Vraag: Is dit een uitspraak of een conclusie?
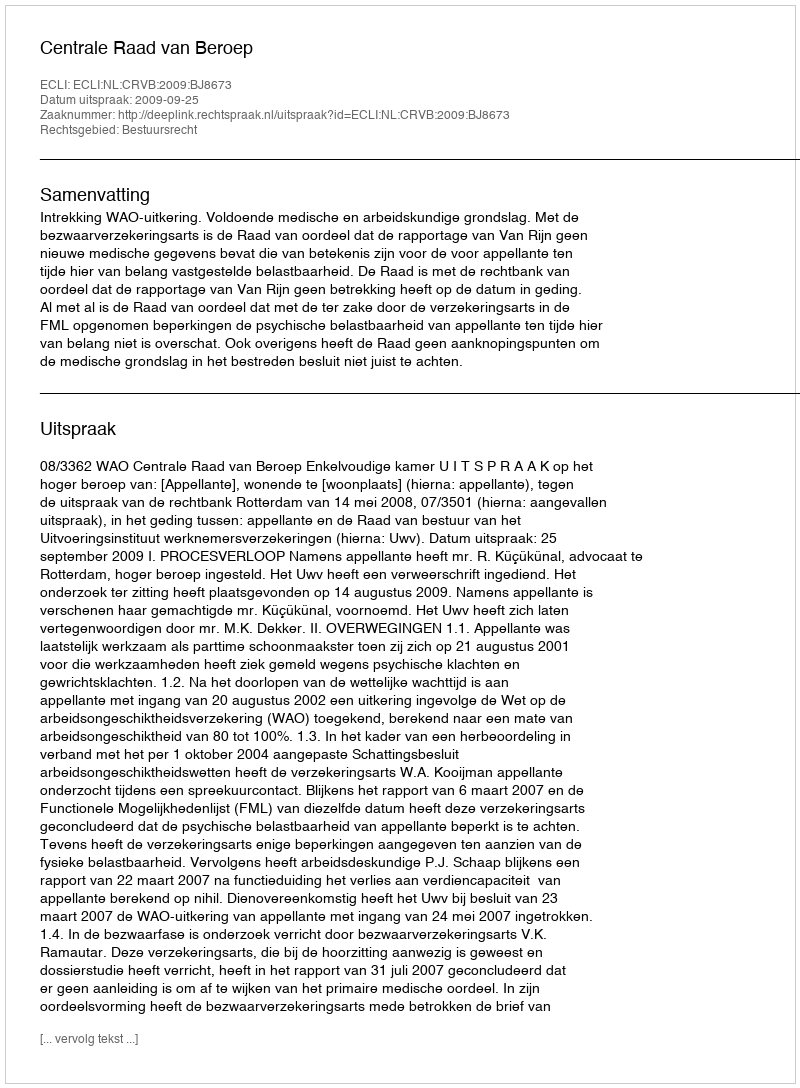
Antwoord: Uitspraak